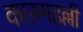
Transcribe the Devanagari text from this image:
कारुगहल्ली